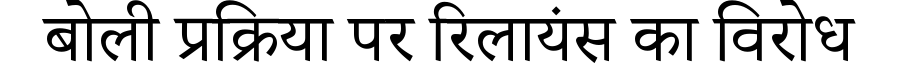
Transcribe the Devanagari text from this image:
बोली प्रक्रिया पर रिलायंस का विरोध